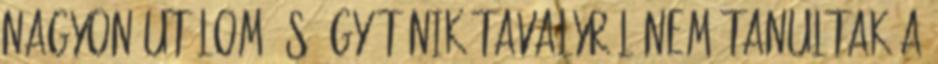
nagyon utálom és úgy tűnik tavalyról nem tanultak a